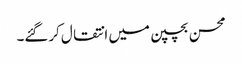
محسن بچپن میں انتقال کرگئے۔